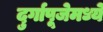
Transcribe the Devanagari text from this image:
दुर्गापूजेमध्ये